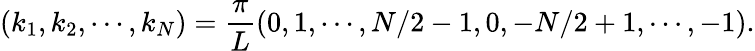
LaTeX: (k_{1},k_{2},\cdots,k_{N})=\frac{\pi}{L}(0,1,\cdots,N/2-1,0,-N/2+1,\cdots,-1).